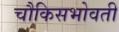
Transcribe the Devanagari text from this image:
चौकिसभोवती